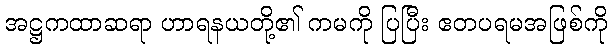
အဋ္ဌကထာဆရာ ဟာရနယတို့၏ ကမကို ပြပြီး ဧတပရမအဖြစ်ကို